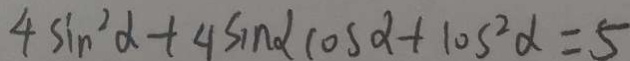
4 \sin ^ { 2 } \alpha + 4 \sin \alpha \cos \alpha + 1 0 s ^ { 2 } \alpha = 5